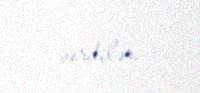
verdilər.